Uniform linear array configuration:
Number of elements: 4
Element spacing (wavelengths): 0.25
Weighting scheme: kaiser
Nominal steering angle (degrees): -30
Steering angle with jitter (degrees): -31.629
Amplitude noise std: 0.05
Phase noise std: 0.05

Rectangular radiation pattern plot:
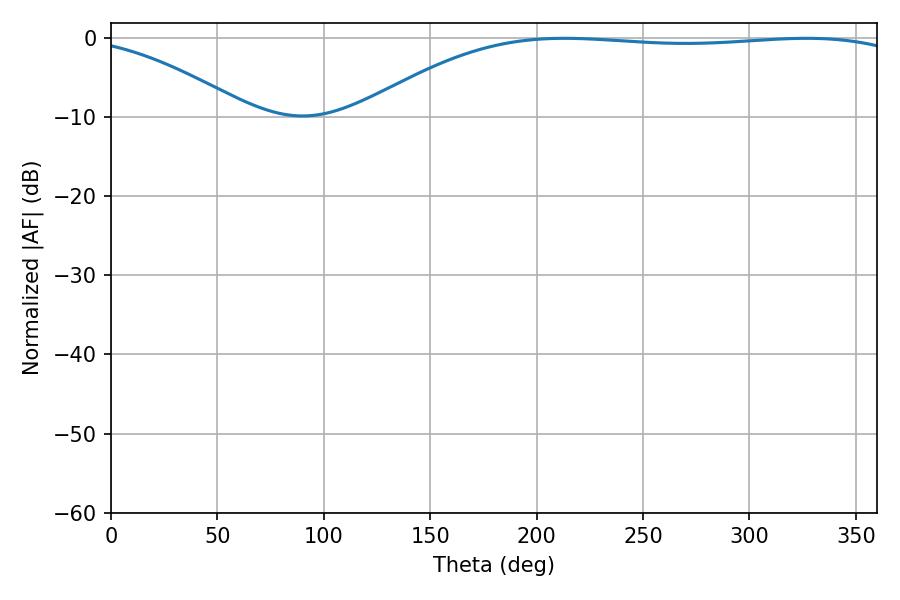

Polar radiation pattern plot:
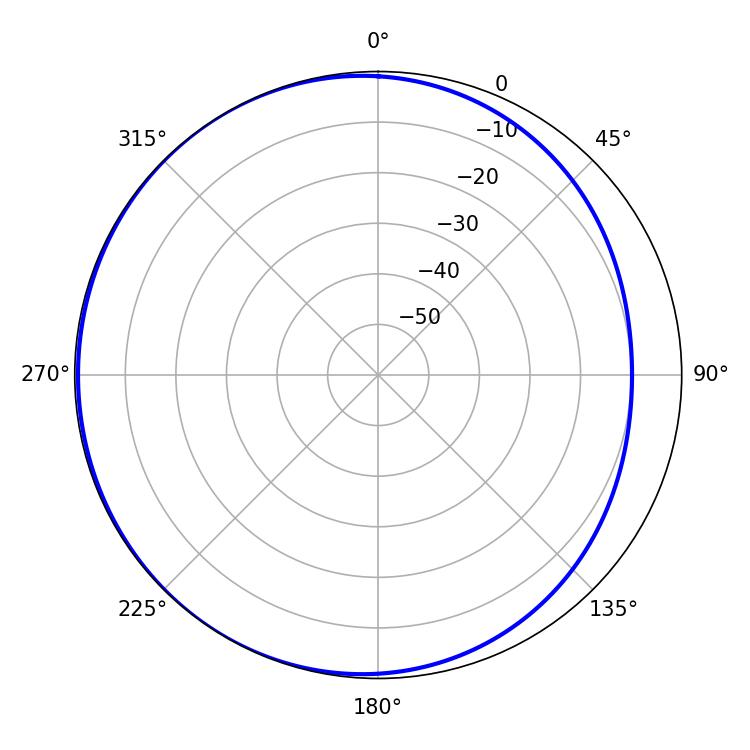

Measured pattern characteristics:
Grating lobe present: FALSE
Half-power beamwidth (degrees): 203.76
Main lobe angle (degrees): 213.12